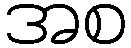
အစ